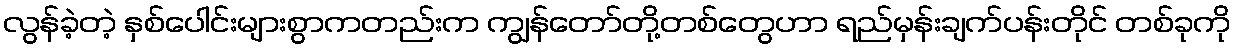
လွန်ခဲ့တဲ့ နှစ်ပေါင်းများစွာကတည်းက ကျွန်တော်တို့တစ်တွေဟာ ရည်မှန်းချက်ပန်းတိုင် တစ်ခုကို